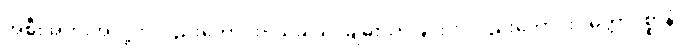
အစီးအပွားအလို့ငှာလည်းကောင်း။ သုခါယ၊ ချမ်းသာခြင်းငှာလည်းကောင်း။ မိတ္တာပစ္စာနံ၊